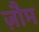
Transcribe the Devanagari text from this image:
ज़ौम